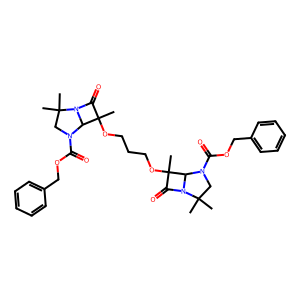
SMILES: CC1(OCCCOC2(C)C(=O)N3C2N(C(=O)OCc2ccccc2)CC3(C)C)C(=O)N2C1N(C(=O)OCc1ccccc1)CC2(C)C
Inhibits HIV replication: No